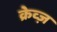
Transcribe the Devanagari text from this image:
क्रेव्ज़